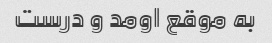
به موقع اومد و درست